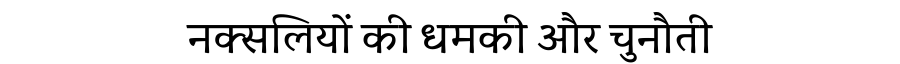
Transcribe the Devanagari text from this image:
नक्सलियों की धमकी और चुनौती